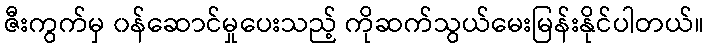
ဇီးကွက်မှ ၀န်ဆောင်မှုပေးသည့် ကိုဆက်သွယ်မေးမြန်းနိုင်ပါတယ်။